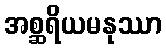
အစ္ဆရိယမနုဿာ